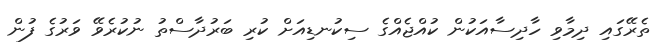
ތެރޭގައި ދިމާވި ހާދިސާއަކުން ކުއްޖެއްގެ ސިކުނޑިއަށް ކުރި ބަރުދާސްތު ނުކުރެވޭ ވަރުގެ ފުން